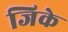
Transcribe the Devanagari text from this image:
जिके